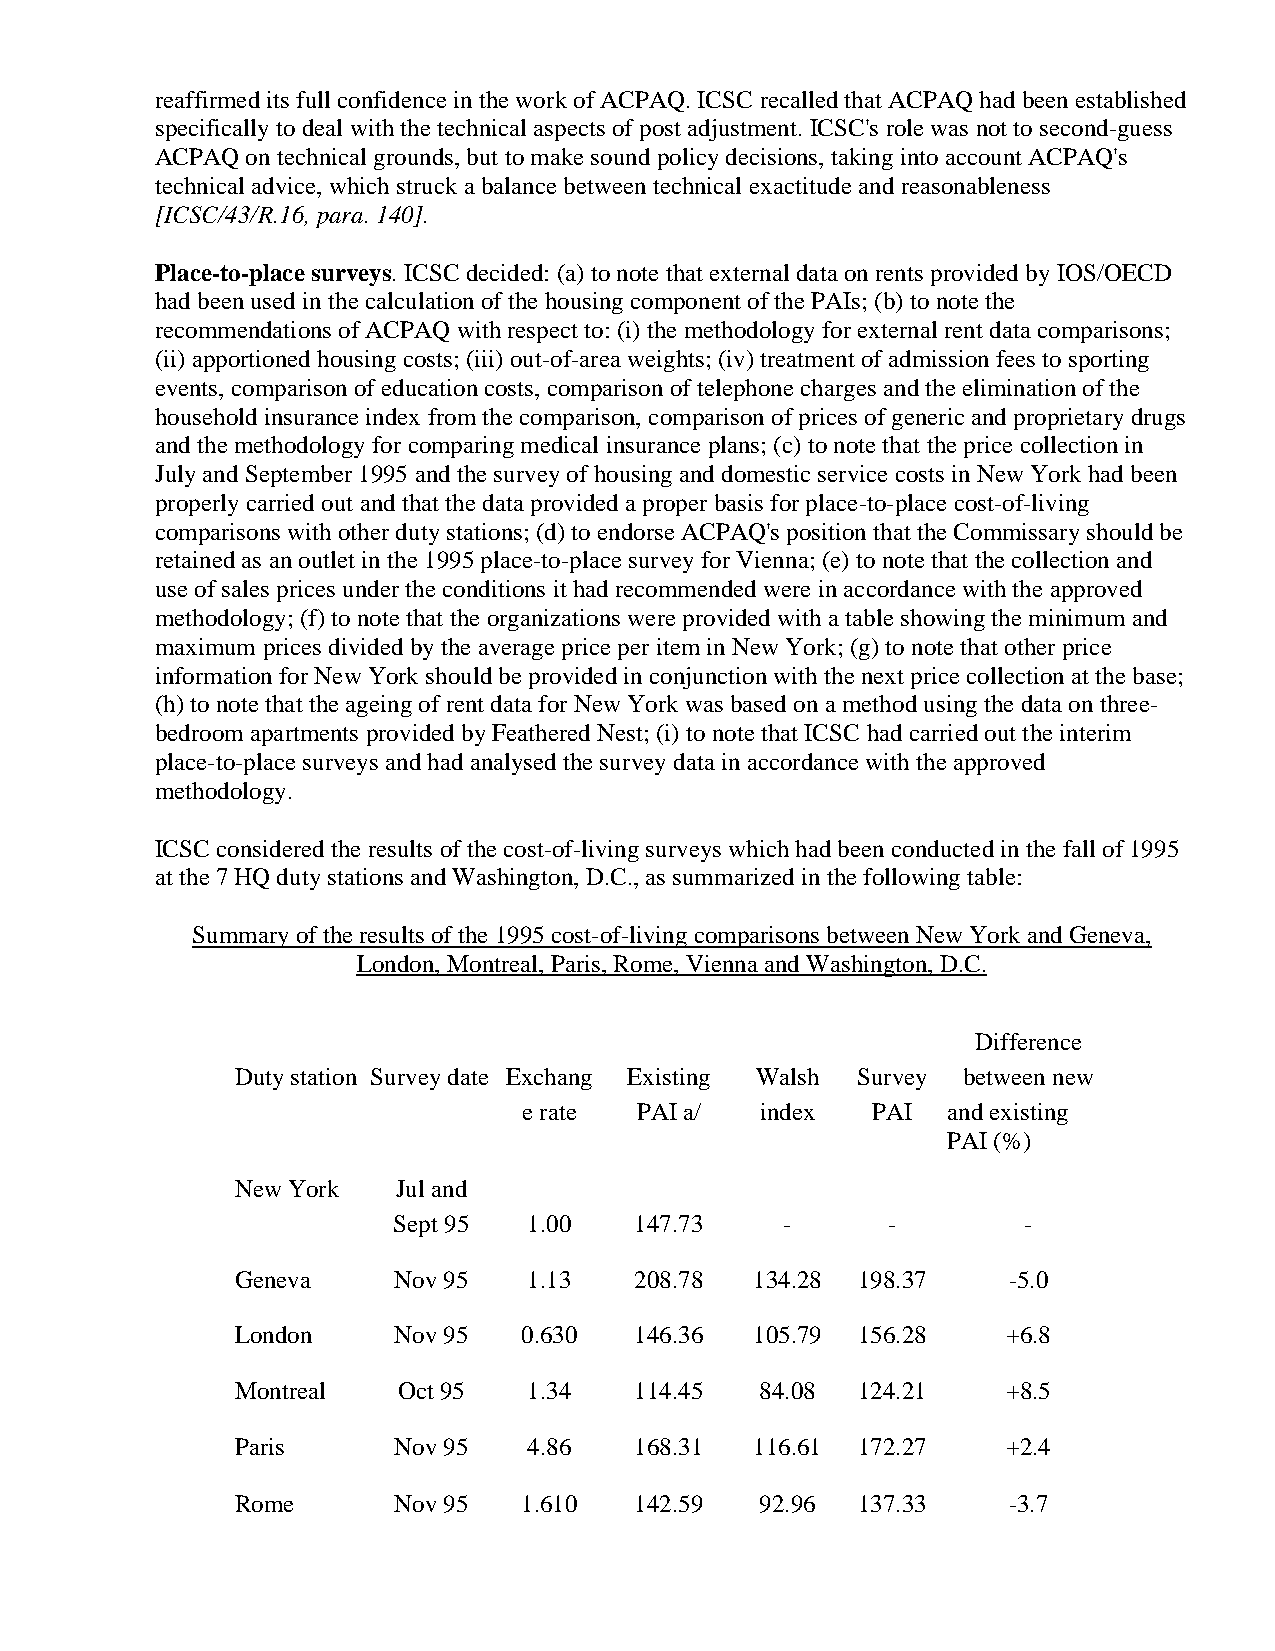
reaffirmed its full confidence in the work of ACPAQ. ICSC recalled that ACPAQ had been established
 specifically to deal with the technical aspects of post adjustment. ICSC's role was not to second-guess
 ACPAQ on technical grounds, but to make sound policy decisions, taking into account ACPAQ's
 technical advice, which struck a balance between technical exactitude and reasonableness
 [ICSC/43/R.16, para. 140].
 Place-to-place surveys. ICSC decided: (a) to note that external data on rents provided by IOS/OECD
 had been used in the calculation of the housing component of the PAIs; (b) to note the
 recommendations of ACPAQ with respect to: (i) the methodology for external rent data comparisons;
 (ii) apportioned housing costs; (iii) out-of-area weights; (iv) treatment of admission fees to sporting
 events, comparison of education costs, comparison of telephone charges and the elimination of the
 household insurance index from the comparison, comparison of prices of generic and proprietary drugs
 and the methodology for comparing medical insurance plans; (c) to note that the price collection in
 July and September 1995 and the survey of housing and domestic service costs in New York had been
 properly carried out and that the data provided a proper basis for place-to-place cost-of-living
 comparisons with other duty stations; (d) to endorse ACPAQ's position that the Commissary should be
 retained as an outlet in the 1995 place-to-place survey for Vienna; (e) to note that the collection and
 use of sales prices under the conditions it had recommended were in accordance with the approved
 methodology; (f) to note that the organizations were provided with a table showing the minimum and
 maximum prices divided by the average price per item in New York; (g) to note that other price
 information for New York should be provided in conjunction with the next price collection at the base;
 (h) to note that the ageing of rent data for New York was based on a method using the data on three-
 bedroom apartments provided by Feathered Nest; (i) to note that ICSC had carried out the interim
 place-to-place surveys and had analysed the survey data in accordance with the approved
 methodology.
 ICSC considered the results of the cost-of-living surveys which had been conducted in the fall of 1995
 at the 7 HQ duty stations and Washington, D.C., as summarized in the following table:
 Summary of the results of the 1995 cost-of-living comparisons between New York and Geneva,
 London, Montreal, Paris, Rome, Vienna and Washington, D.C.
 Difference
 Duty station Survey date Exchang Existing Walsh Survey between new
 e rate PAI a/  index   PAI  and existing
 PAI (%)
 New York  Jul and
 Sept 95  1.00   147.73    -      -        -
 Geneva    Nov 95   1.13   208.78  134.28 198.37    -5.0
 London    Nov 95   0.630  146.36  105.79 156.28    +6.8
 Montreal  Oct 95   1.34   114.45  84.08  124.21    +8.5
 Paris     Nov 95   4.86   168.31  116.61 172.27    +2.4
 Rome      Nov 95   1.610  142.59  92.96  137.33    -3.7